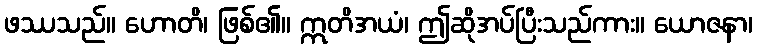
ဖဿသည်။ ဟောတိ၊ ဖြစ်၏။ ဣတိအယံ၊ ဤဆိုအပ်ပြီးသည်ကား။ ယောဇနာ၊